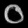
Digit: ၀